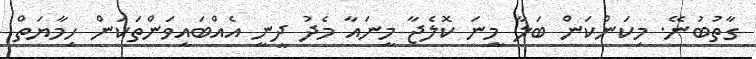
ގާތުބުނޭ. މިކަންކަން ބަލާ މީނަ ކޮލެޖާ މީނައާ މެދު ދީނީ އެއްބައިވަންތަކަން ހިމާޔަތް